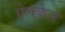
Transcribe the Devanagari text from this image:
ऐलकेन